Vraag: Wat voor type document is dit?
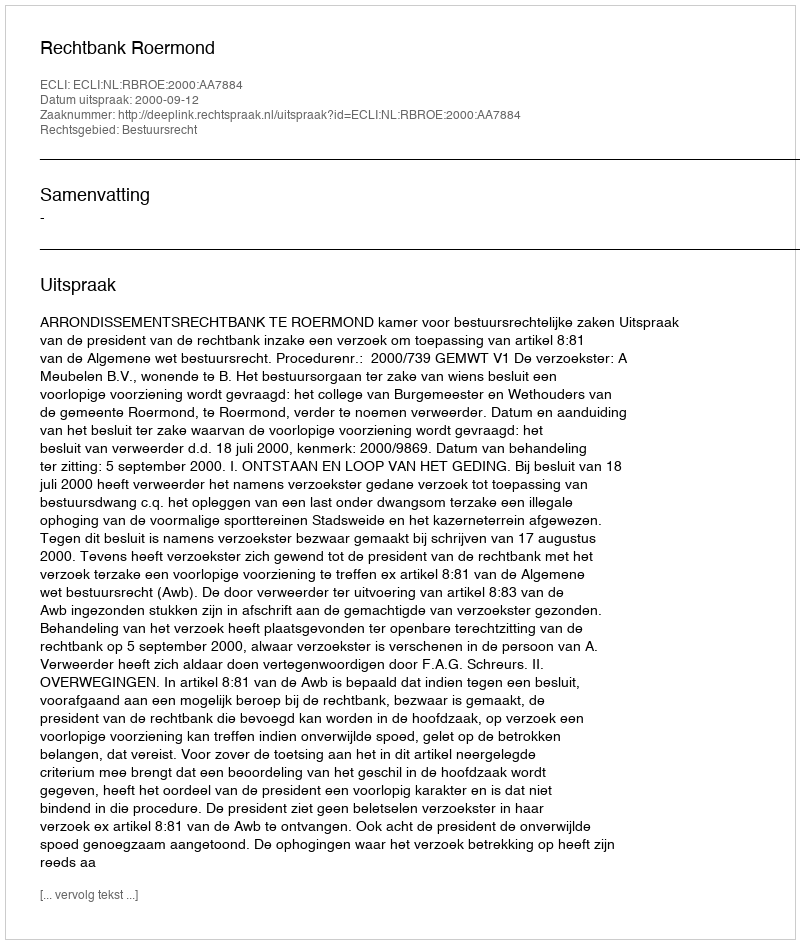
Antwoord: Uitspraak